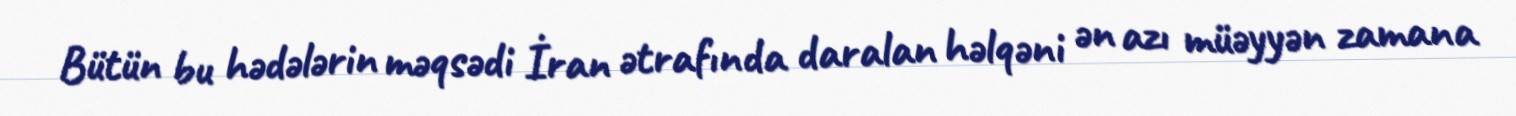
Bütün bu hədələrin məqsədi İran ətrafında daralan həlqəni ən azı müəyyən zamana